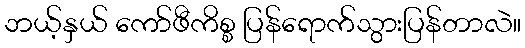
ဘယ့်နှယ် ကော်ဖီကိစ္စ ပြန်ရောက်သွားပြန်တာလဲ။